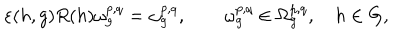
LaTeX: \varepsilon ( h , g ) R ( h ) \omega _ { g } ^ { p , q } = \omega _ { g } ^ { p , q } , \qquad \omega _ { g } ^ { p , q } \in \Omega _ { g } ^ { p , q } , \quad h \in G ,